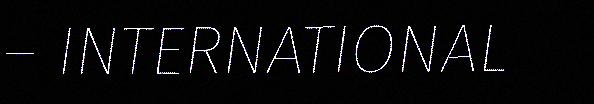
– INTERNATIONAL